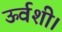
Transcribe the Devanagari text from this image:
ऊर्वशी।